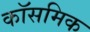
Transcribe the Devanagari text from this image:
कॉसमिक